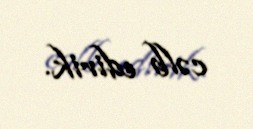
cəlb edirik.